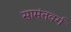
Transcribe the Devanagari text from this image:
सामंतवर्ग